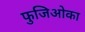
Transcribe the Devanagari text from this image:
फुजिओका